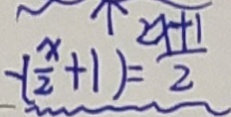
- ( \frac { x } { 2 } + 1 ) = \frac { 2 x + 1 } { 2 }